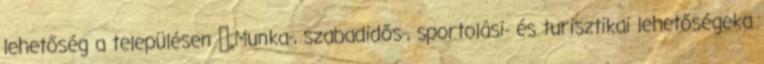
lehetőség a településen ▪„Munka-, szabadidős-, sportolási- és turisztikai lehetőségeka